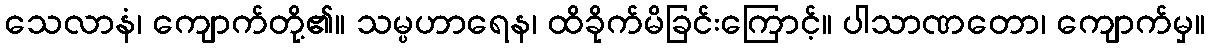
သေလာနံ၊ ကျောက်တို့၏။ သမ္ပဟာရေန၊ ထိခိုက်မိခြင်းကြောင့်။ ပါသာဏတော၊ ကျောက်မှ။